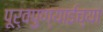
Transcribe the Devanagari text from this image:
पूर्वपुण्याईच्या